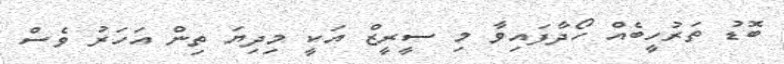
ބޮޑު ތަރުހީބެއް ހޯދާފައިވާ މި ސީރީޒް އަކީ މިދިޔަ ތިން އަހަރު ވެސް